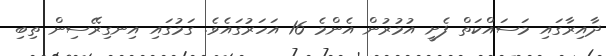
ދާއިރާގައި މަސައްކަތް ފެށީ އުމުރުން އެންމެ 16 އަަހަރުގައެވެ. ގަމުގައި އިނގިރޭސިން ތިބި